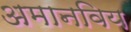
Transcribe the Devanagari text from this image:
अमानविय